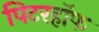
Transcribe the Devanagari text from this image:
पिटरहॉफ